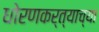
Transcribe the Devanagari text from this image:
धोरणकर्त्याच्या